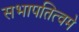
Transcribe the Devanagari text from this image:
सभापतित्वमे